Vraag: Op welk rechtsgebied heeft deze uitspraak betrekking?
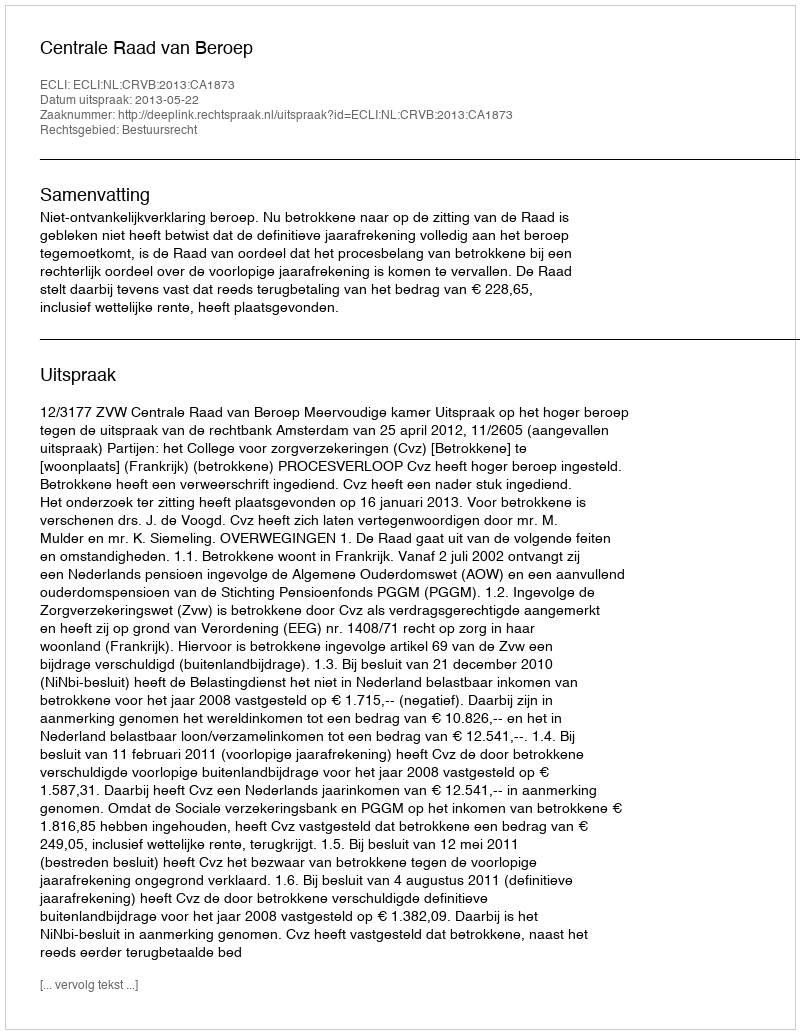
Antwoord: Bestuursrecht